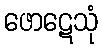
ဖောဋေသုံ